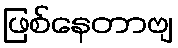
ဖြစ်နေတာဗျ